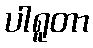
ပါရူတာ